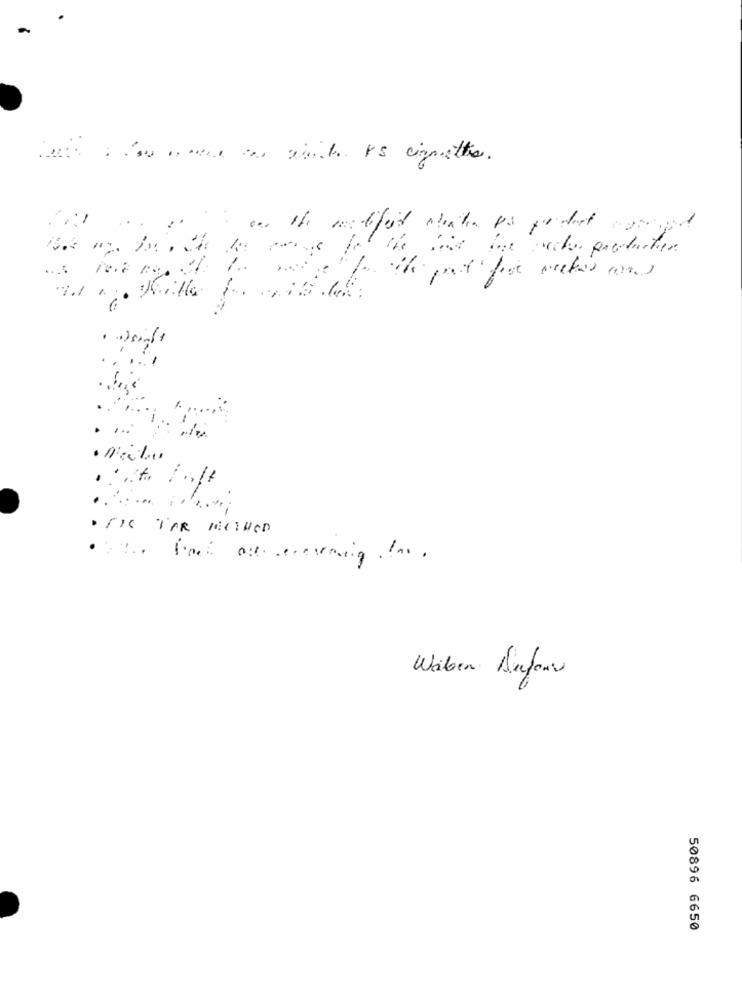
I too ooer tas which IS cignettis.
....
. TIE TAR METHOD
Waben Aufanv
50896 6650